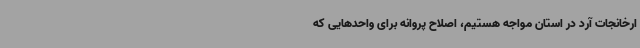
ارخانجات آرد در استان مواجه هستیم، اصلاح پروانه برای واحدهایی که